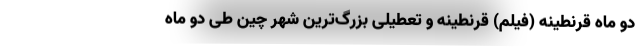
دو ماه قرنطینه (فیلم) قرنطینه و تعطیلی بزرگ‌ترین شهر چین طی دو ماه